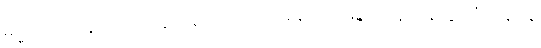
ဓမ္မဂုတ်။ ။ သွားတဲ့အတွက်တော့ အကျိုးရှိမှာပေါ့နော်၊ ရန်ကုန်သွားပုံ ပြန်ပုံနဲ့